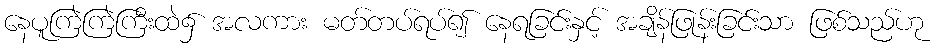
နေပူကြဲကြဲကြီးထဲ၌ အလကား မတ်တပ်ရပ်၍ နေရခြင်းနှင့် အချိန်ဖြုန်းခြင်းသာ ဖြစ်သည်ဟု